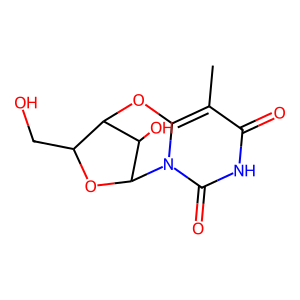
SMILES: Cc1c2n(c(=O)[nH]c1=O)C1OC(CO)C(O2)C1O
Inhibits HIV replication: No